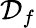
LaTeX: \mathcal{D}_{f}